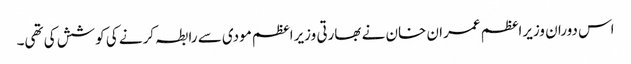
اس دوران وزیراعظم عمران خان نے بھارتی وزیراعظم مودی سے رابطہ کرنے کی کوشش کی تھی۔